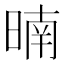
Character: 暔